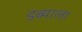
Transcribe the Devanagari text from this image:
डब्याला